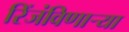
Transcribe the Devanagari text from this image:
रिंजंविणार्‍या